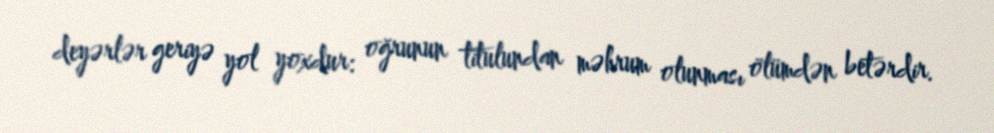
deyərlər geriyə yol yoxdur: oğrunun titulundan məhrum olunması ölümdən betərdir.